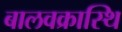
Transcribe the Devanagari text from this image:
बालवक्रास्थि